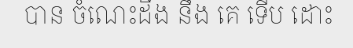
បាន ចំណេះដឹង នឹង គេ ទើប ដោះ